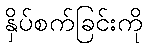
နှိပ်စက်ခြင်းကို